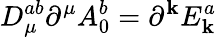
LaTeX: D_{\mu}^{ab}\partial^{\mu}A_{0}^{b}=\partial^{\mathbf{k}}E_{\mathbf{k}}^{a}